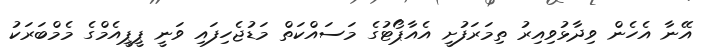
އޭނާ އެހެން ވިދާޅުވިއިރު ތިމަރަފުށީ އެއާޕޯޓުގެ މަސައްކަތް މަޑުޖެހިފައި ވަނީ ޕީޕީއެމްގެ މެމްބަރަކު